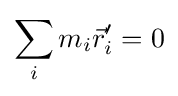
\sum \limits _{i}m_{i}{\vec {r}}'_{i}=0